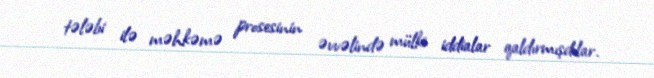
tələbi ilə məhkəmə prosesinin əvvəlində mülki iddialar qaldırmışdılar.